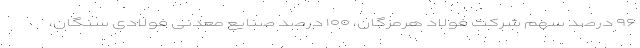
۹۶ درصد سهم شرکت فولاد هرمزگان، ۱۰۰ درصد صنایع معدنی فولادی سنگان،